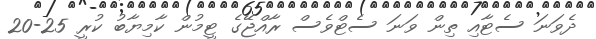
ދެވަނަ ސެޓާއި ތިން ވަނަ ސެޓްވެސް ރާއްޖޭގެ ޓީމުން ކާމިޔާބު ކުރީ 25-20